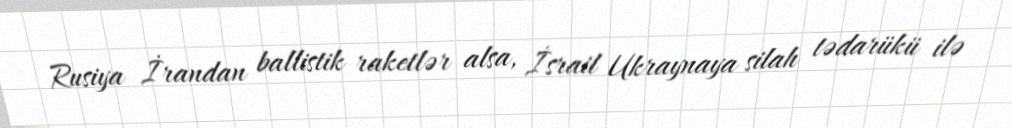
Rusiya İrandan ballistik raketlər alsa, İsrail Ukraynaya silah tədarükü ilə